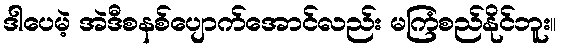
ဒါပေမဲ့ အဲဒီစနစ်ပျောက်အောင်လည်း မကြံစည်နိုင်ဘူး။